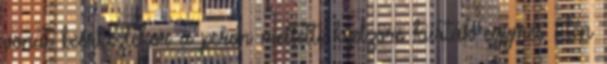
vonat beérkeztekor a peron melletti kijelzőre kiírták egymés utén